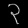
Digit: ၃